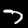
Digit: 7